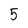
Character: 5